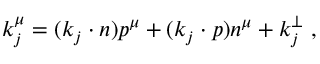
k _ { j } ^ { \mu } = ( k _ { j } \cdot n ) p ^ { \mu } + ( k _ { j } \cdot p ) n ^ { \mu } + k _ { j } ^ { \perp } \ ,